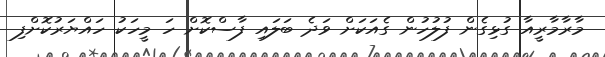
މާރާމާރީއާ ގުޅިގެން ފުލުހުން ގެއަކަށް ވަދެ ބަލައި ފާސްކޮށް ހަ މީހަކު ހައްޔަރުކޮށްފި